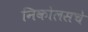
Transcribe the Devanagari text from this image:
निकोलसचे